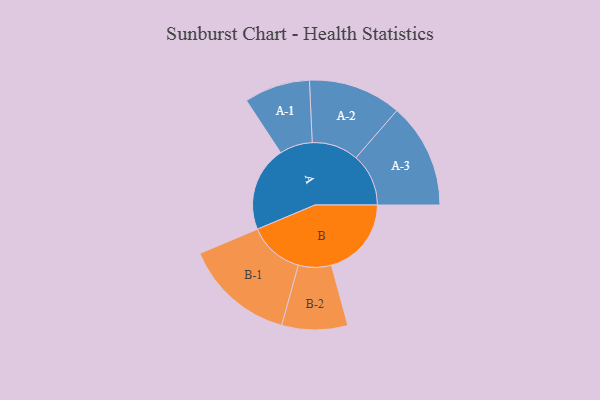
{"axis": {"x": "Segment", "y": "Value"}, "legend": ["", "A", "B"], "data": [{"x": "A", "y": 450, "type": ""}, {"x": "B", "y": 423, "type": ""}, {"x": "A-1", "y": 174, "type": "A"}, {"x": "A-2", "y": 246, "type": "A"}, {"x": "A-3", "y": 278, "type": "A"}, {"x": "B-1", "y": 293, "type": "B"}, {"x": "B-2", "y": 174, "type": "B"}]}